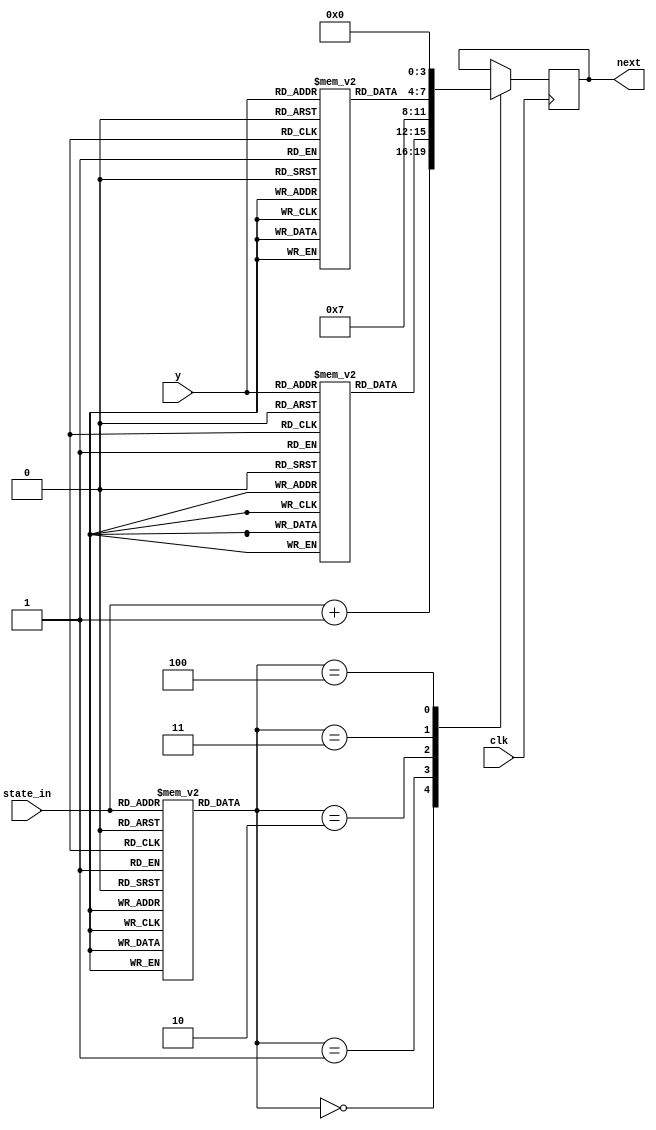
module fsm(clk, state_in, y, next);

    // Define inputs
    input clk;
    input [3:0] state_in; //Represents the state which is the input, 4 bit as 12 possible states
    input [1:0] y;

    // Define Outputs
    output [3:0] next; // For the new state;
    reg [3:0] next;

    // Define intermediate storage ROMS
    reg [2:0] mrom[12:0]; // microcode ROM
    reg [3:0] drom_S3[3:0]; // dispatch ROM for S3
    reg [3:0] drom_S10[3:0]; // dispatch ROM for S10

    // setup ROM values
    initial begin

        // Set mrom values from the next state table, there are a total of 5 different cases
        // The meanings of the RValues can be inferred from the state selection multiplexer.
        mrom[0] <= 0;
        mrom[1] <= 0;
        mrom[2] <= 0;
        mrom[3] <= 1;
        mrom[4] <= 2;
        mrom[5] <= 2;
        mrom[6] <= 0;
        mrom[7] <= 0;
        mrom[8] <= 0;
        mrom[9] <= 0;
        mrom[10] <= 3;
        mrom[11] <= 4;
        mrom[12] <= 4;

        // set DROM values from the next state function for S3 and S10
        drom_S3[0] <= 4;
        drom_S3[1] <= 5;
        drom_S3[2] <= 6;
        drom_S3[3] <= 6;

        drom_S10[0] <= 11;
        drom_S10[1] <= 12;
        drom_S10[2] <= 12;
        drom_S10[3] <= 12;

    end

    // state selection mux
    always @(posedge clk ) begin // to make the state change occur at the rising edge
        // #2 to introduce 2 units prop delay in state registers.
        case(mrom[state_in])
            0: next <= #2 state_in + 1;
            1: next <= #2 drom_S3[y];
            2: next <= #2 7;
            3: next <= #2 drom_S10[y];
            4: next <= #2 0;
        endcase
    end

endmodule